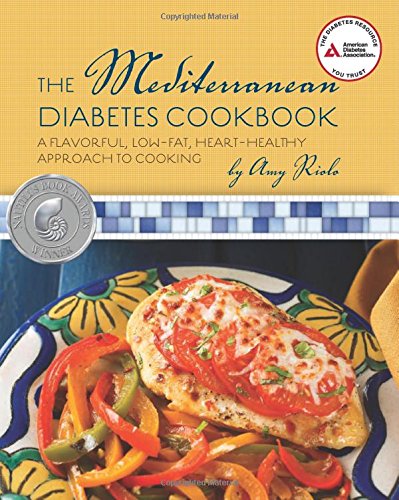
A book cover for The Mediterranean Diabetes Cookbook; Amy Riolo; Cookbooks, Food & Wine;